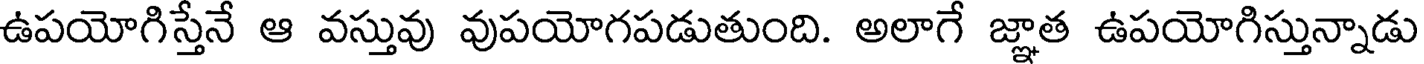
ఉపయోగిస్తేనే ఆ వస్తువు వుపయోగపడుతుంది. అలాగే జ్ఞాత ఉపయోగిస్తున్నాడు